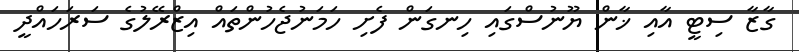
ގާޒާ ސިޓީ އާއި ޚާން ޔޫނުސްގައި ހިނގަން ފެށި ހަމަނުޖެހުންތައް އިޒްރޭލުގެ ސަރަހައްދީ